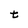
Character: t